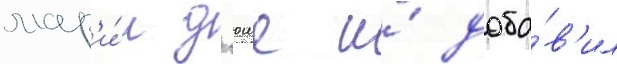
мар'и́и д'юше и́ доба́в'ил